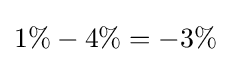
1\%-4\%=-3\%